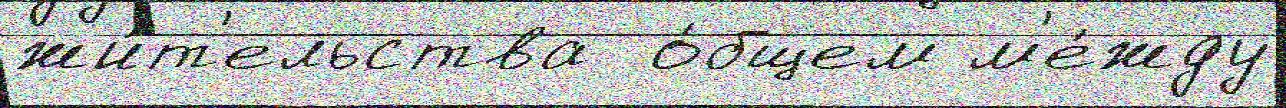
жи́т'ельства  о́бщем м'е́жду